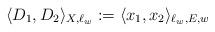
LaTeX: \begin{align*}\langle D_{1}, D_{2} \rangle_{X, \ell_{w}} := \langle x_{1}, x_{2}\rangle_{\ell_{w}, E, w}\end{align*}